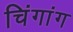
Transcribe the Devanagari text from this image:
चिंगांग